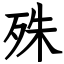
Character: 殊